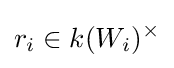
r_{i}\in k(W_{i})^{\times }